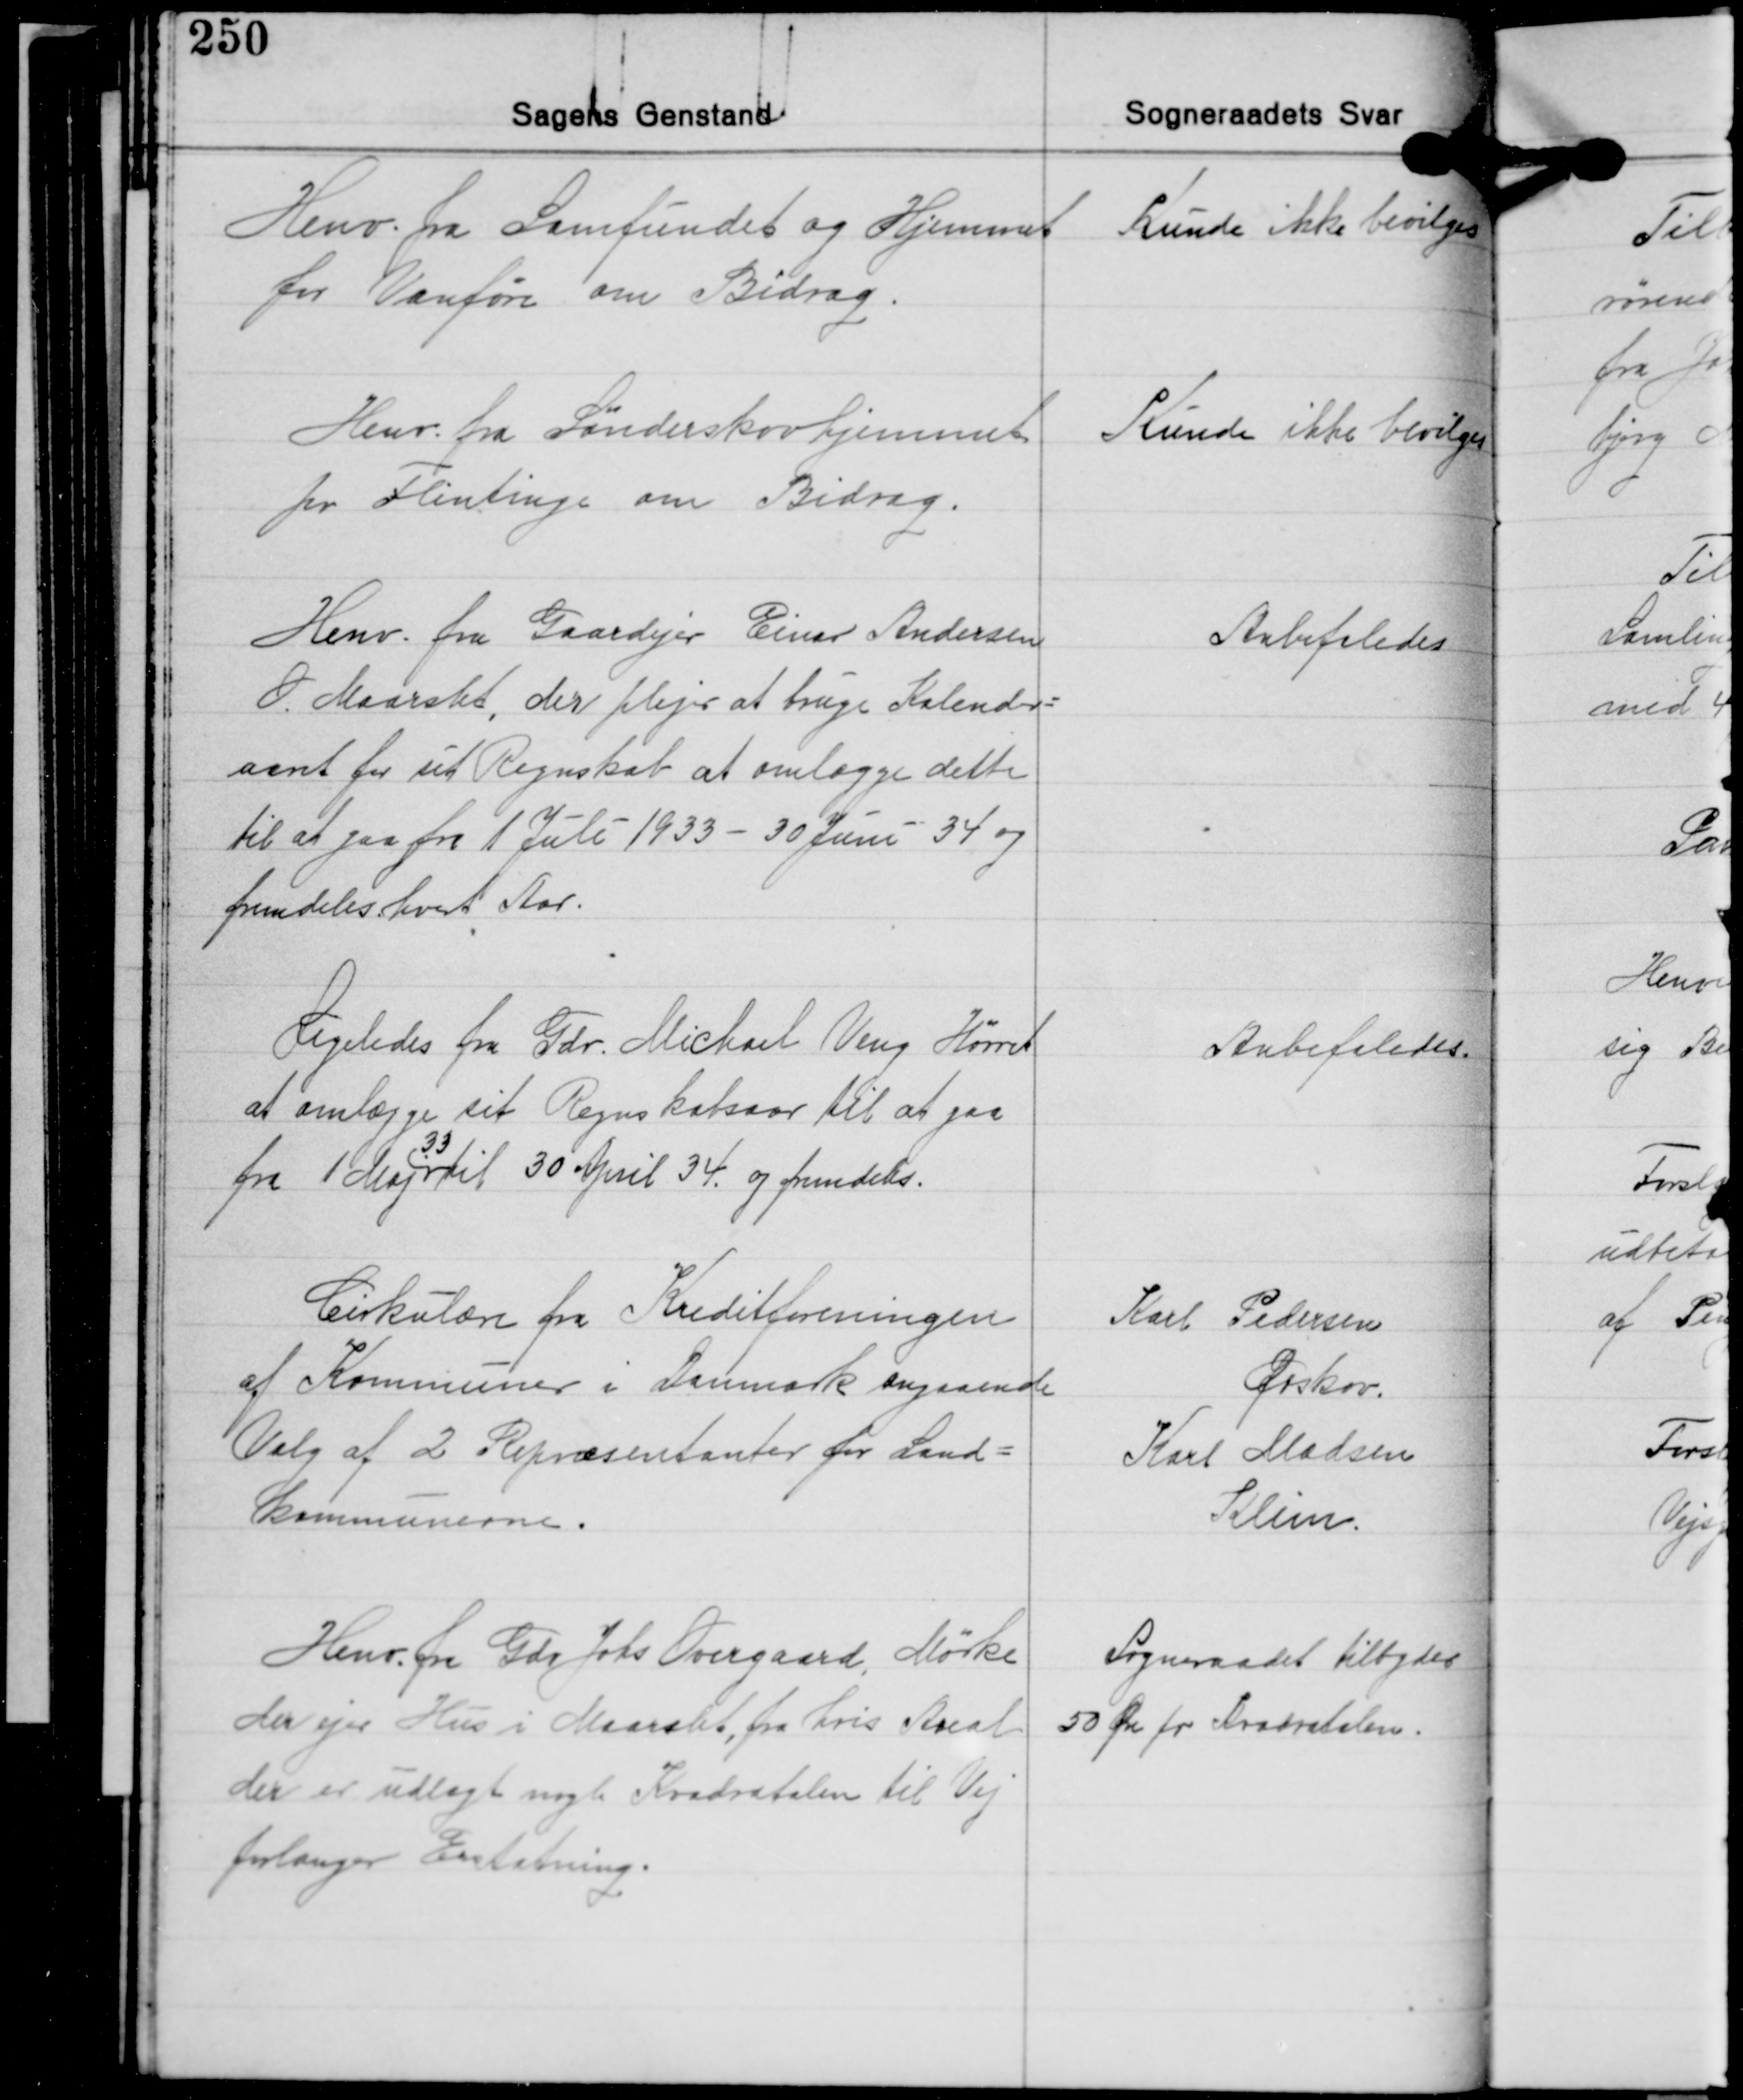
Transskription:
Henv. fra Samfundet og Hjemmet
for Vanføre om Bidrag.

Kunde ikke bevilges

Kunde ikke bevilges

Henv. fra Sønderskovhjemmet
pr. Flintinge om Bidrag.

Henv. fra Gaardejer Einar Andersen
O. Maarslet, der plejer at bruge Kalender-
aaret for sit Regnskab at omlægge dette
til at gaa fra 1 Juli 1933 - 30 Juni 34 og
fremdeles hvert Aar.

Anbefaledes

Ligeledes fra Gdr. Michael Veng Hørret
at omlægge sit Regnskabsaar til at gaa
33
fra 1 Maj til 30 April 34. og fremdeles.

Anbefaledes.

Cirkulære fra Kreditforeningen
af Kommuner i Danmark angaaende
Valg af 2 Repræsentanter for Land-
Kommunerne.

Karl Pedersen
Ørskov.
Karl Madsen
Klim.

Henv. fra Gdr. Johs Overgaard, Mørke
der ejer Hus i Maarslet, fra hvis Areal
der er udlagt nogle Kvadratalen til Vej
forlanger Erstatning.

Sogneraadet tilbyder
50 Øre pr. Kvadratalen.